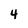
Character: 4